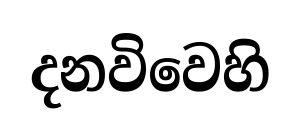
දනවිවෙහි